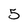
Character: 5